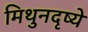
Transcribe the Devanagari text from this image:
मिथुनदृष्ये